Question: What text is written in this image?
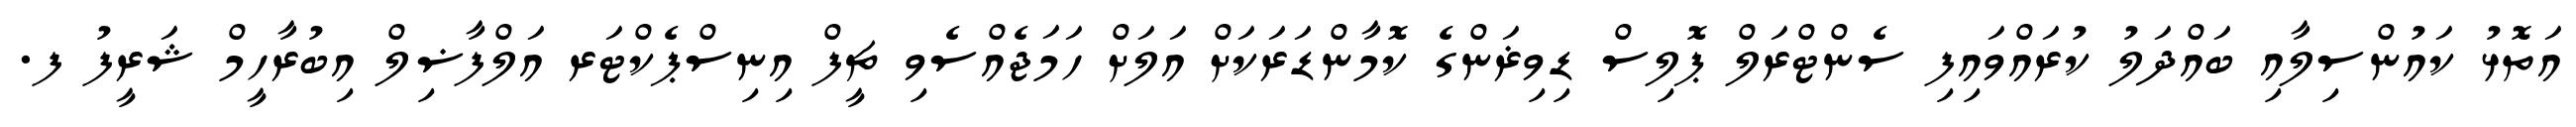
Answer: އަތޮޅު ކައުންސިލާއި ބައްދަލު ކުރައްވައިފި ސެންޓްރަލް ޕޮލިސް ޑިވިޜަންގެ ކޮމާންޑަރަކަށް އަލަށް ހަމަޖެއްސެވި ޗީފް އިނިސްޕެކްޓަރ އަލްފާޟިލް އިބުރާހީމް ޝަރީފު ފ.